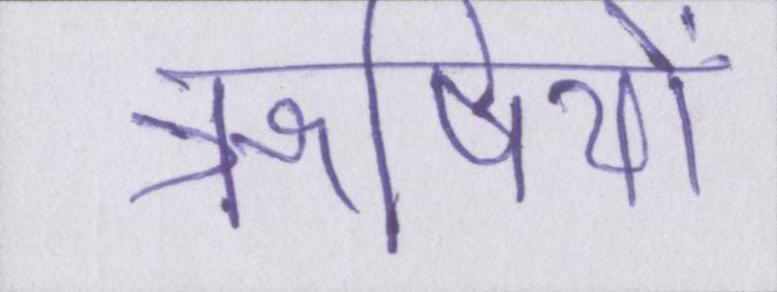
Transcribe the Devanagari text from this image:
ॠषियों